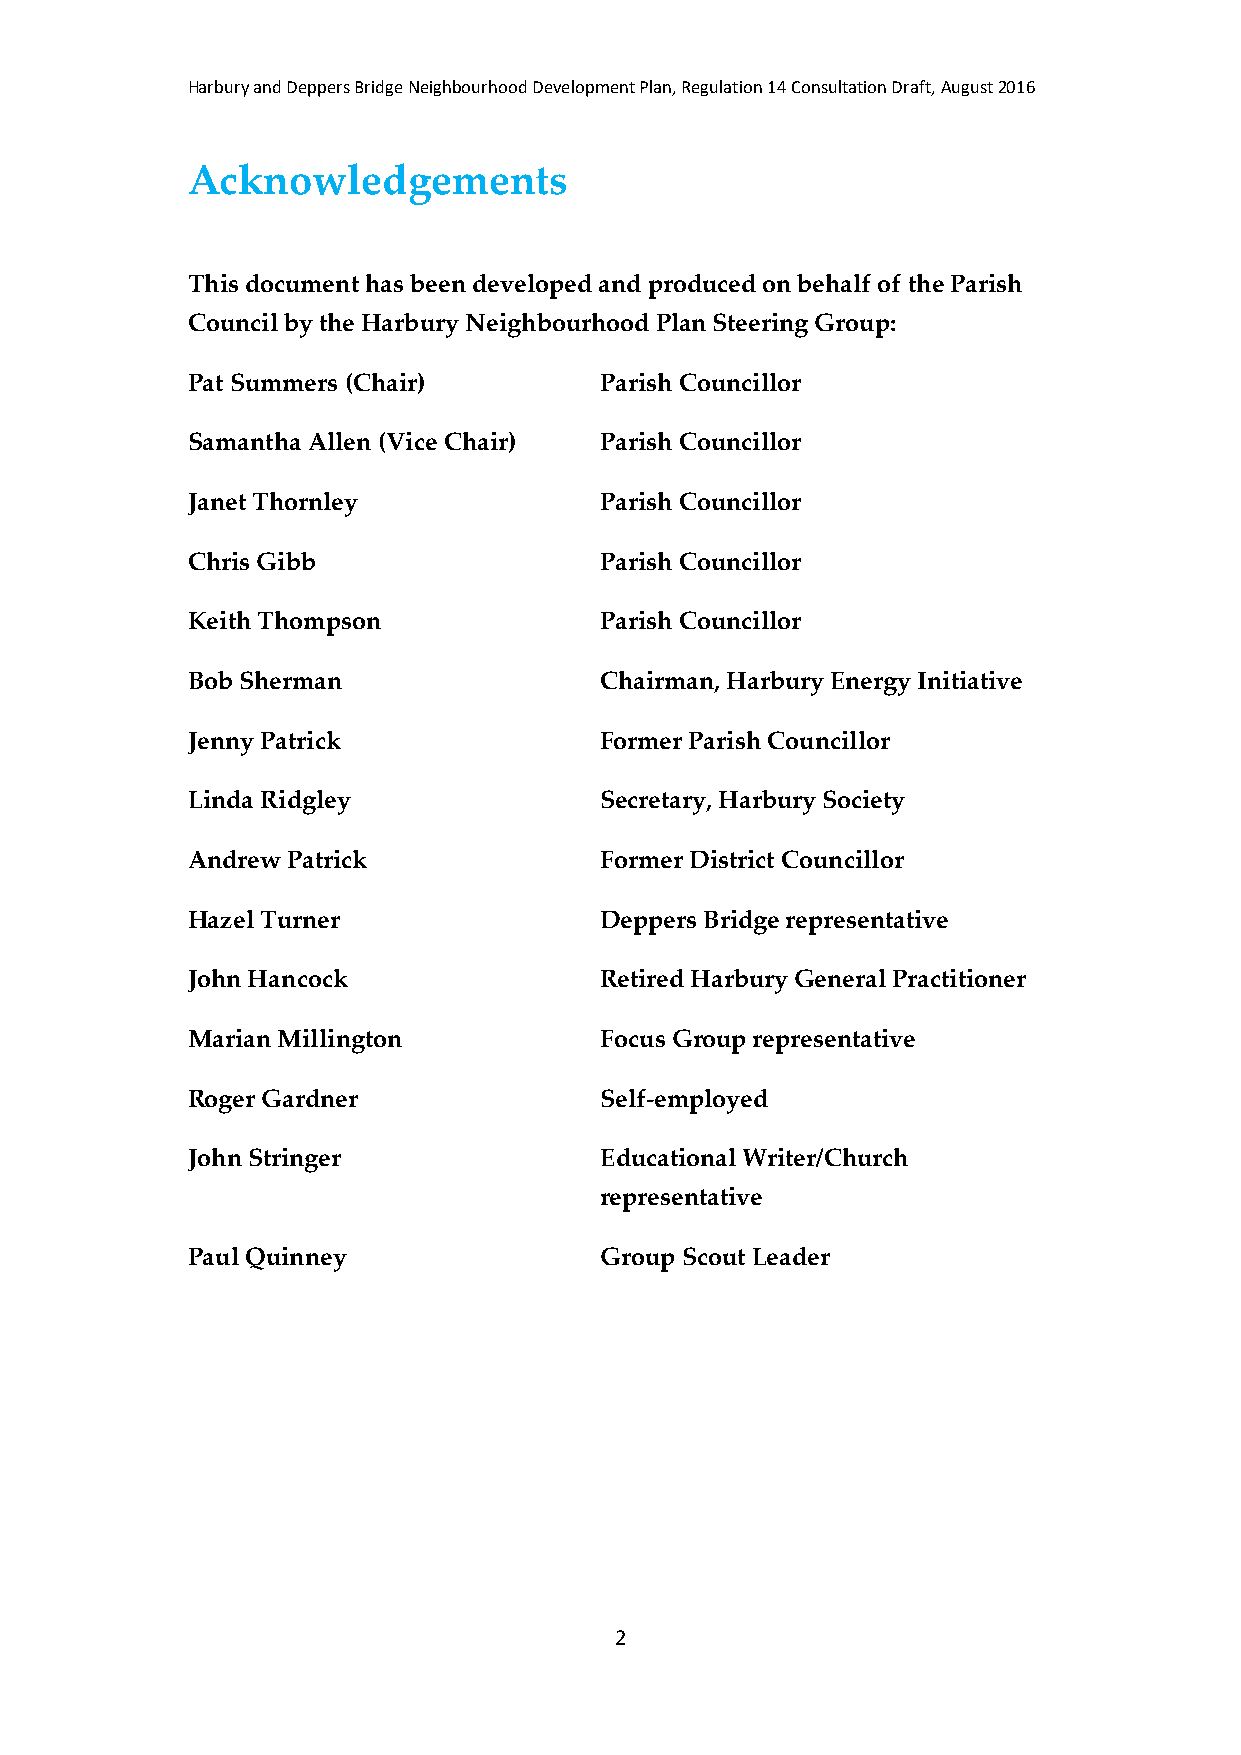
Harbury and Deppers Bridge Neighbourhood Development Plan, Regulation 14 Consultation Draft, August 2016
 Acknowledgements
 This document has been developed and produced on behalf of the Parish
 Council by the Harbury Neighbourhood Plan Steering Group:
 Pat Summers (Chair)         Parish Councillor
 Samantha Allen (Vice Chair) Parish Councillor
 Janet Thornley              Parish Councillor
 Chris Gibb                  Parish Councillor
 Keith Thompson              Parish Councillor
 Bob Sherman                 Chairman, Harbury Energy Initiative
 Jenny Patrick               Former Parish Councillor
 Linda Ridgley               Secretary, Harbury Society
 Andrew Patrick              Former District Councillor
 Hazel Turner                Deppers Bridge representative
 John Hancock                Retired Harbury General Practitioner
 Marian Millington           Focus Group representative
 Roger Gardner               Self-employed
 John Stringer               Educational Writer/Church
 representative
 Paul Quinney                Group Scout Leader
 2